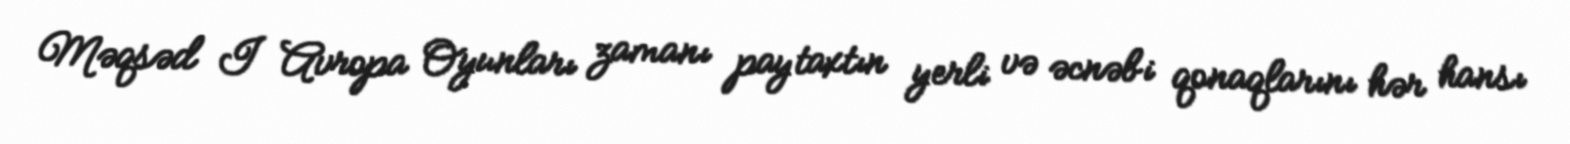
Məqsəd I Avropa Oyunları zamanı paytaxtın yerli və əcnəbi qonaqlarını hər hansı